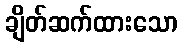
ချိတ်ဆက်ထားသော